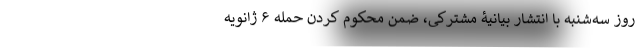
روز سه‌شنبه با انتشار بیانیۀ مشترکی، ضمن محکوم کردن حمله ۶ ژانویه